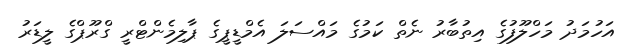
އަހުމަދު މަހްލޫފުގެ އިތުބާރު ނެތް ކަމުގެ މައްސަލަ އެމްޑީޕީގެ ޕާލިމެންޓްރީ ގްރޫޕްގެ ލީޑަރު